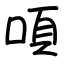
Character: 㖽